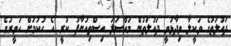
ދައުލަތުގެ ވަކީލާ ވިދާޅުވީ ދައުލަތުން މައްސަލަ އިސްތިއުނާފު ކުރީ އެ ހުކުމަށް ހަވީރުގެ